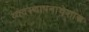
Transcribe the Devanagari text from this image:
व्यवस्थापनाचेशास्त्र